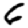
Digit: 6